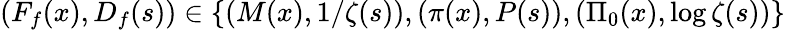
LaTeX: (F_{f}(x),D_{f}(s))\in\left\{ (M(x),1/\zeta(s)),(\pi(x),P(s)),(\Pi_{0}(x),\log\zeta(s))\right\}